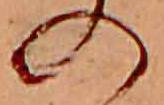
の